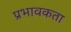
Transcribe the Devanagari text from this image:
प्रभावकता